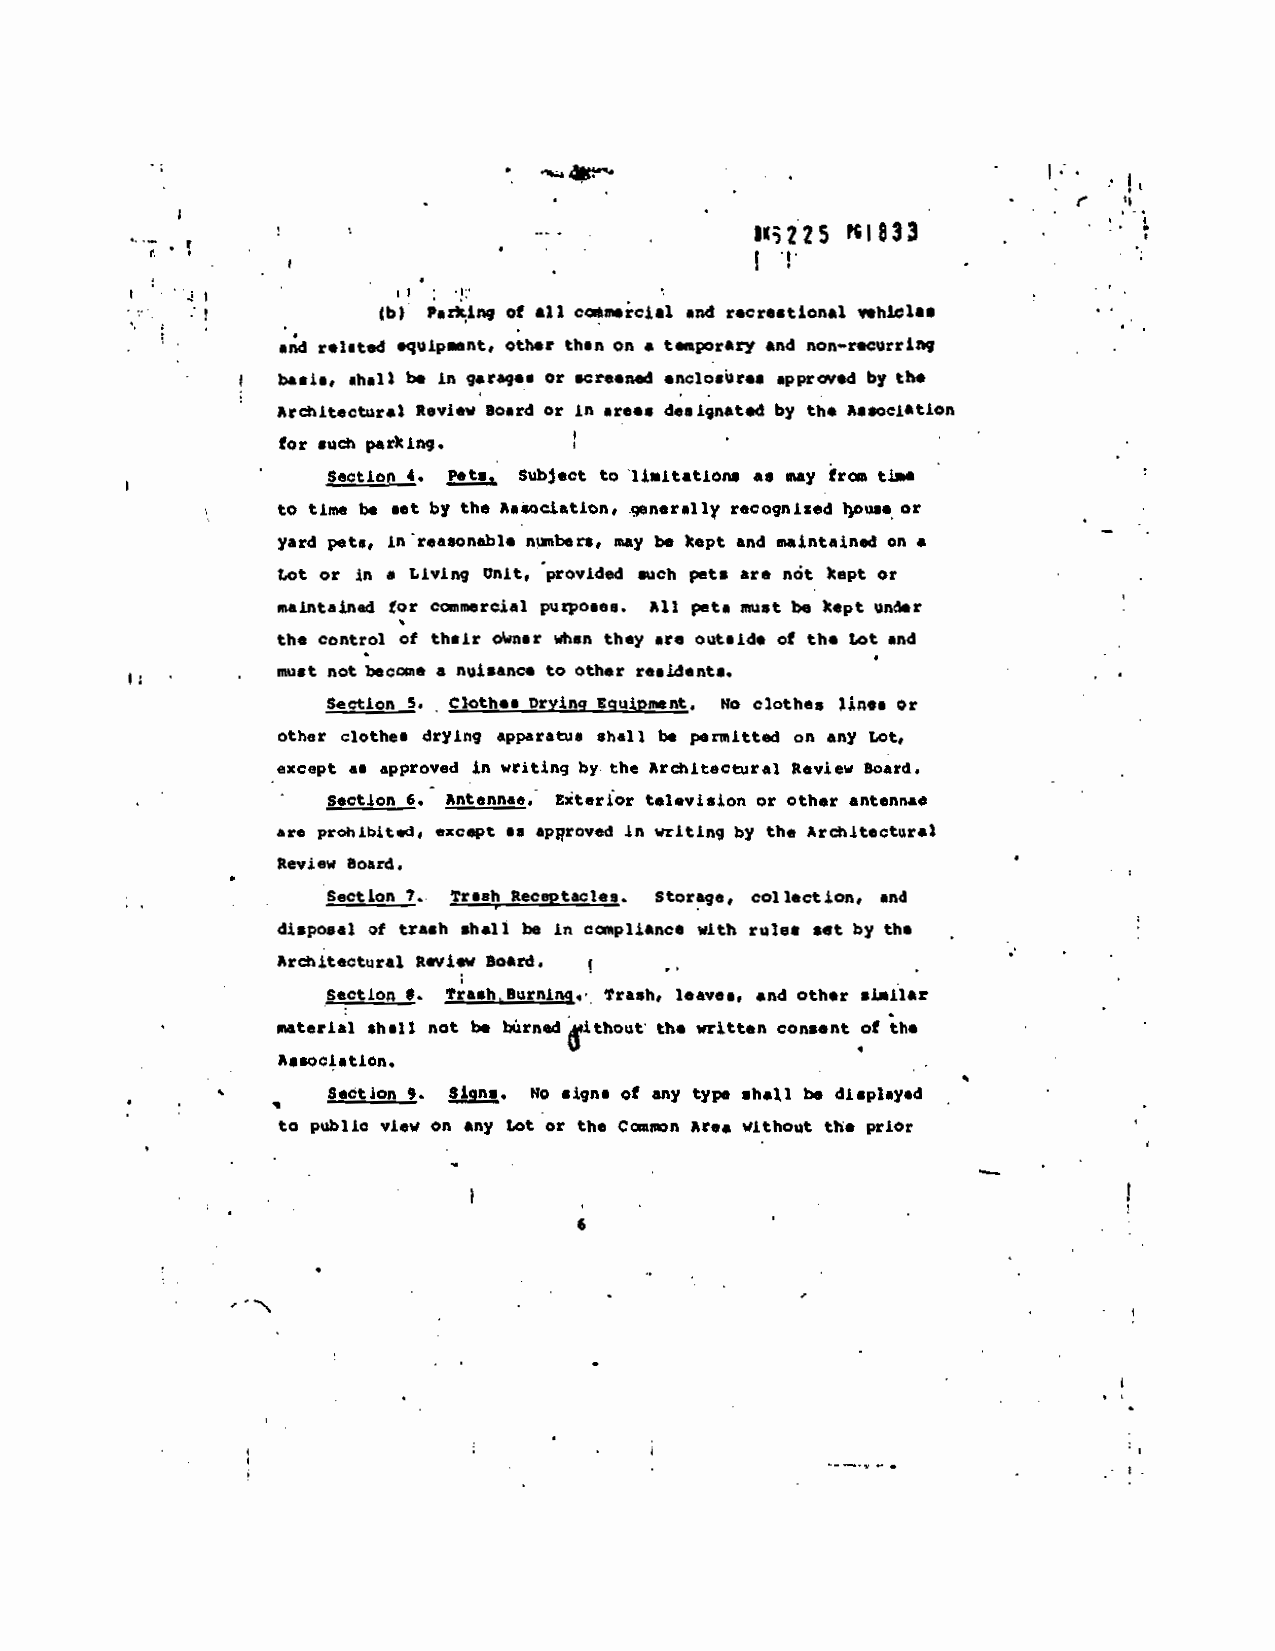
S22S  I833
 i:
 (b) Pazkirq of all caftmncj.i and recreational vehicl.s
 •td related .quip..nt, other than on a teaporary and non—r.currtaq
 basis, shalt be in gang.. or screenS enclosure,
 approved by Ui.
 Arthitectural Review Board or in areas designated
 by the Association
 for
 .uth parking.
 Sectiop 4. Pets. Subject to liitation, a. may fr tie
 to time be set by the Associniti., qenerally recognized wu.. or
 yard pet., in reasonable nthnher., be kept
 may     and maintained on a
 in
 tot or   Living Unit, provided such pets are nat kept or
 maintains
 for eceunercial pulposee. All pets must be
 Icept 3nder
 the control of their okn.r when they are
 outsid, of the Lot and
 must not becos,ie a nuisanc, to other resident,.
 Section 5.
 Cloth.. Drying Equipment. No clothes Unes or
 other clothes drying
 apparatus shall be permitted on any Lot,
 except as approved in writing by the Arthitecblral Review
 Board.
 -   Section
 6. Antennae. Exterior television or other antennae
 are prohibited, except a. apiroved in
 writing by the Arthitectural
 Review Board.
 Section 7. trash Receptacles. Storage, collection, and
 disposal of trash shall
 be in cpljance with rule. set by the
 Arthitectural Review Soard.
 Stction S. trashnurniM,.
 trash,    and oth.r
 leave.,     •i*ilar
 material 'hal I not be bàrned
 ithout- the written consent of the
 Association
 Section . Sign.. No signs of any type sha*l be display.d
 to public view on any Lot or the Cwon Area without tha prior
 6